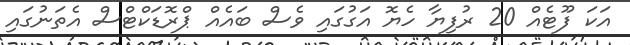
އަކަ ފޫޓެއް 20 ރުފިޔާ ހެޔޮ އަގުގައި ވެސް ބައެއް ޕްރޮޑަކްޓްސް އެތަނުގައި